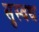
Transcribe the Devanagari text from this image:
सुस्वध